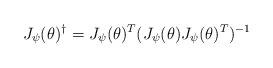
LaTeX: \begin{align*} J_\psi(\theta)^\dag=J_\psi(\theta)^T(J_\psi(\theta)J_\psi(\theta)^T)^{-1}\quad \end{align*}